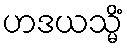
ဟဒယသ္မိံ